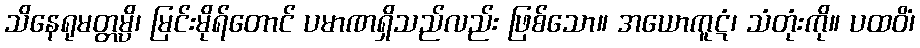
သိနေရုမတ္တမ္ပိ၊ မြင်းမိုရ်တောင် ပမာဏရှိသည်လည်း ဖြစ်သော။ အယောကူဋံ၊ သံတုံးကို။ ပထဝိံ၊